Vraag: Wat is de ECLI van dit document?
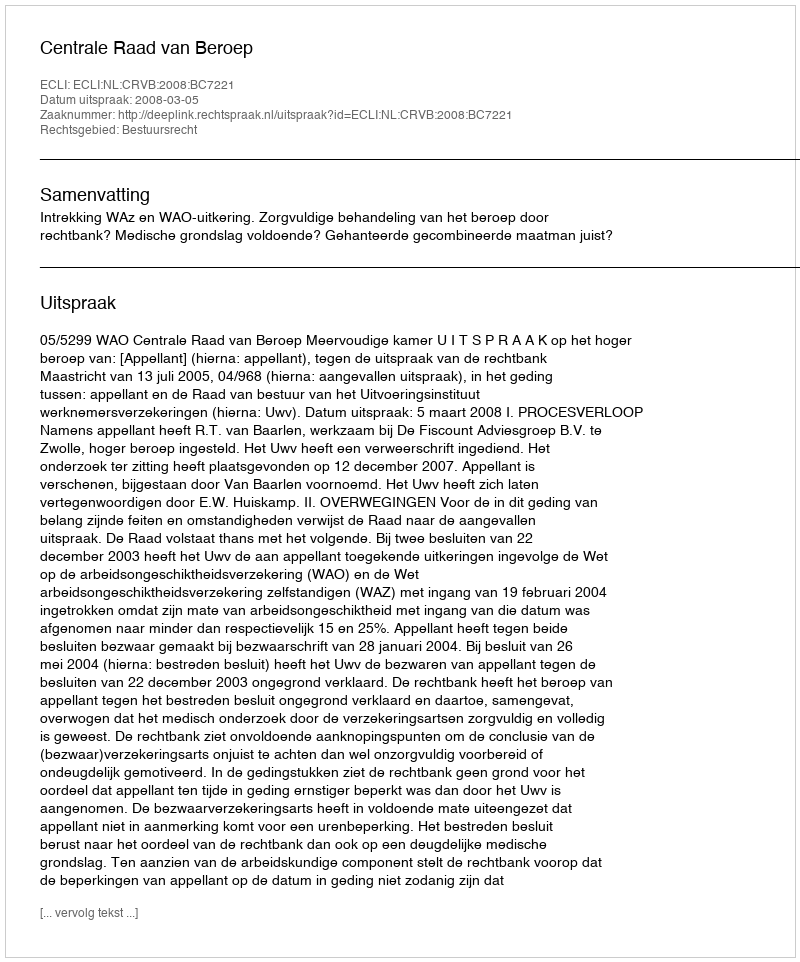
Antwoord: ECLI:NL:CRVB:2008:BC7221